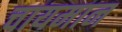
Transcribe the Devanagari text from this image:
चायमान